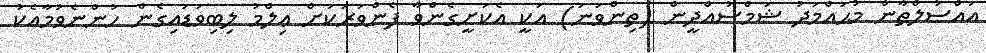
އައްސުލްޠާން މުޙައްމަދު ޝަމްސުއްދީން (ތިންވަނަ) އަކީ އެކަށީގެންވާ ފެންވަރަކަށް ޢިލްމު ލިބިވަޑައިގެން ހުންނެވުމާއެކު